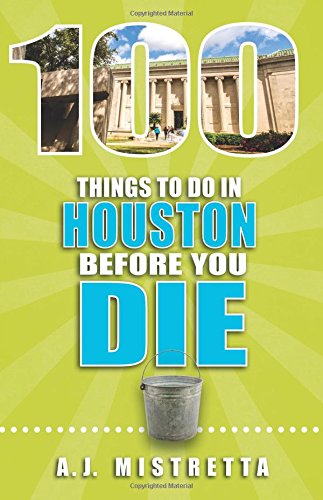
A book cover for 100 Things to Do in Houston Before You Die; A. J. Mistretta; Travel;